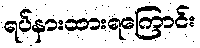
ရပ်နားထားရကြောင်း